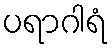
ပရာဂါရံ